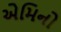
એમિનો